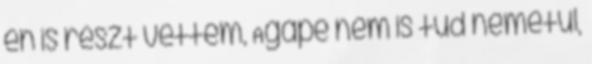
én is részt vettem, Agapé nem is tud németül,